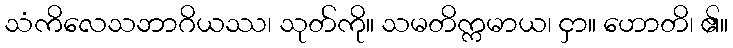
သံကိလေသဘာဂိယဿ၊ သုတ်ကို။ သမတိက္ကမာယ၊ ငှာ။ ဟောတိ၊ ၏။